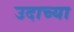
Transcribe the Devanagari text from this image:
उदाच्या